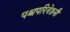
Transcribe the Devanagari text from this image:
पश्चपरिवेष्ठनी